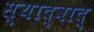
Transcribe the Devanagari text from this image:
स्याद्वाद्